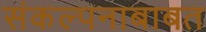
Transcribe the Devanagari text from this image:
संकल्पनाबाबत